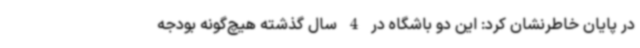
در پایان خاطرنشان کرد: این دو باشگاه در 4 سال گذشته هیچ‌گونه بودجه